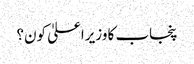
پنجاب کا وزیراعلیٰ کون؟